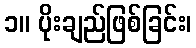
၁။ ပိုးချည်ဖြစ်ခြင်း၊